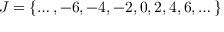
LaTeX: J = \{ \dots , - 6 , - 4 , - 2 , 0 , 2 , 4 , 6 , \dots \}